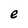
Character: e